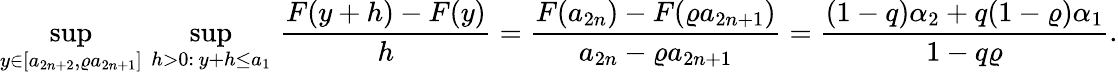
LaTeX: \operatorname*{sup}_{y\in[a_{2n+2},\varrho a_{2n+1}]}\, \operatorname*{sup}_{h>0:\, y+h\le a_{1}}\, \frac{F(y+h)-F(y)}{h}=\frac{F(a_{2n})-F(\varrho a_{2n+1})}{a_{2n}-\varrho a_{2n+1}}=\frac{(1-q)\alpha_{2}+q(1-\varrho)\alpha_{1}}{1-q\varrho}.